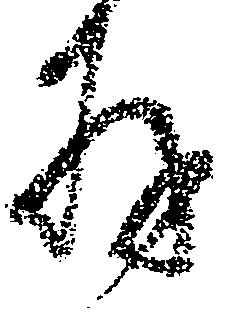
存